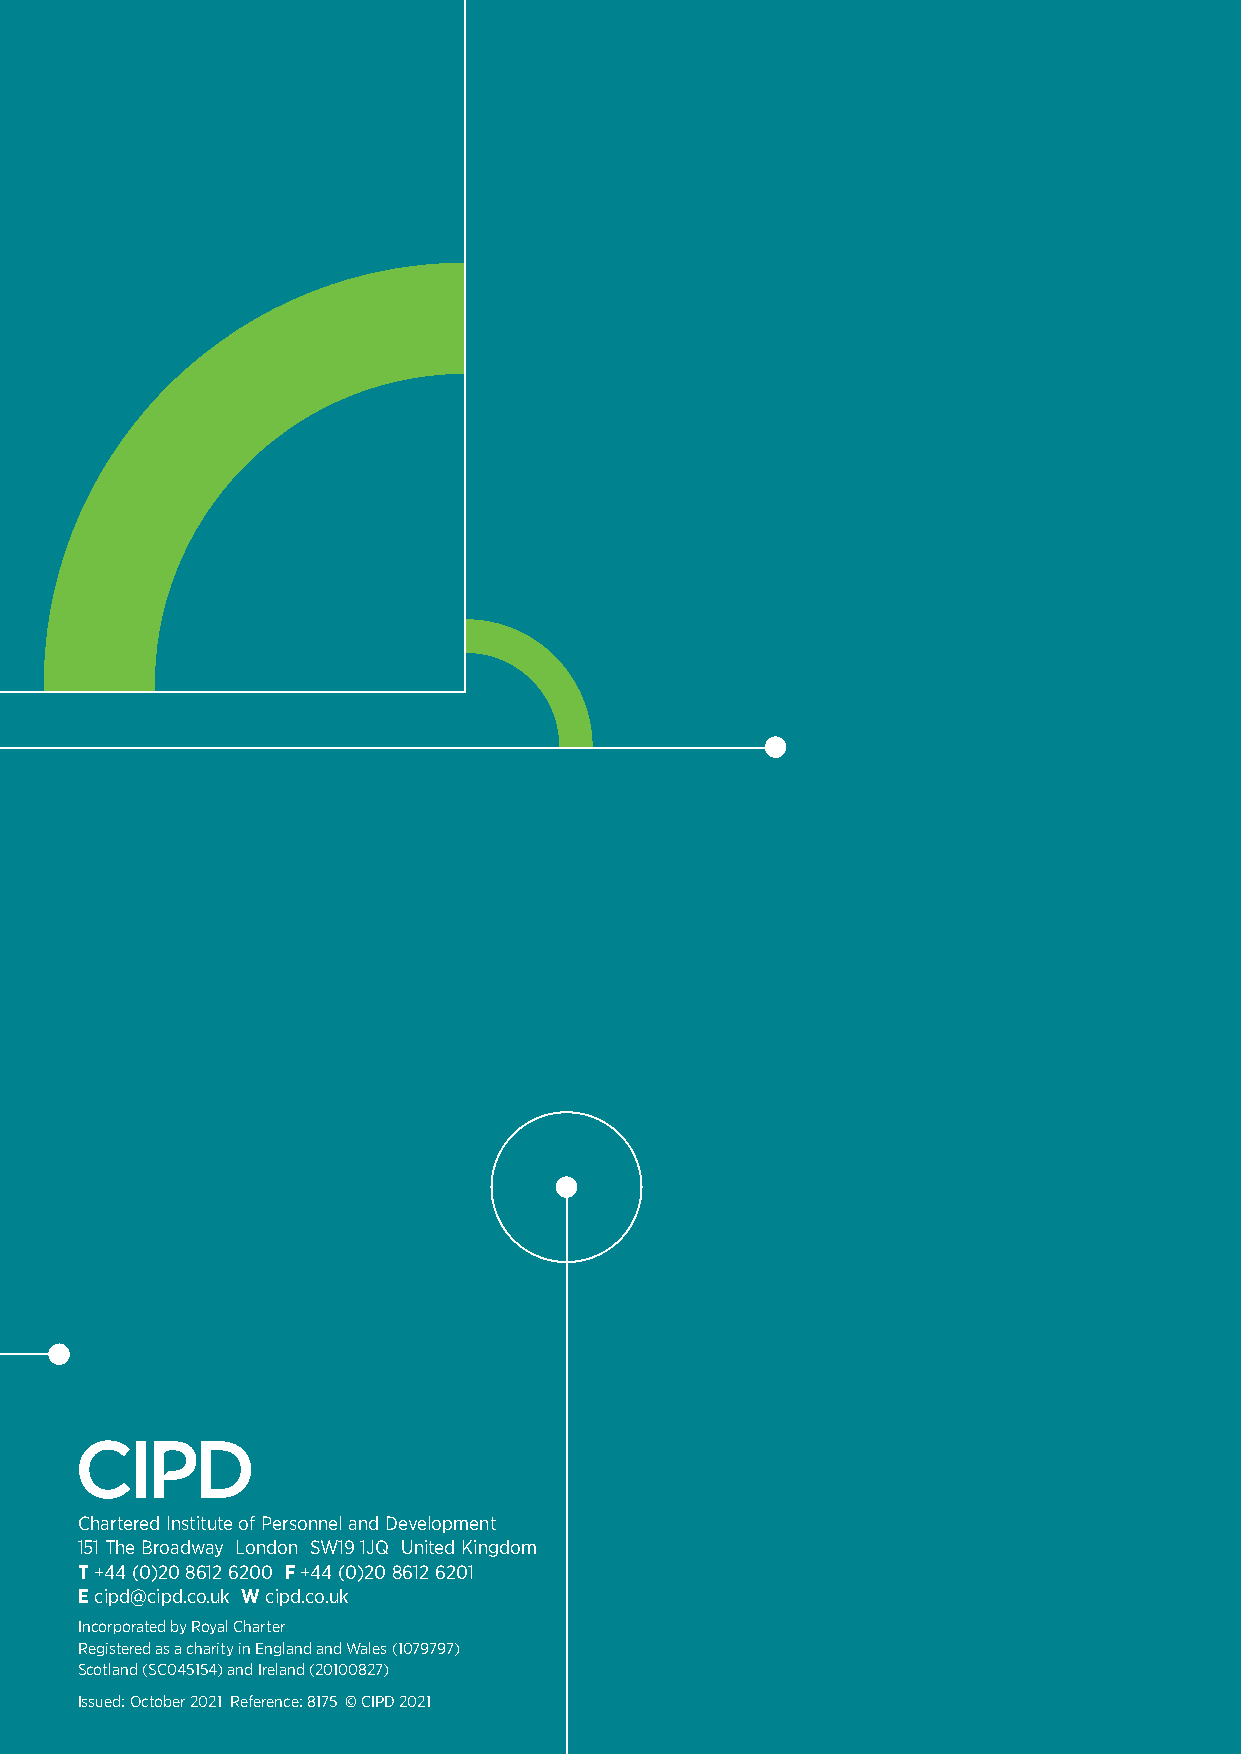
Chartered Institute of Personnel and Development
 151 The Broadway London SW19 1JQ United Kingdom
 T +44 (0)20 8612 6200 F +44 (0)20 8612 6201
 E cipd@cipd.co.uk W cipd.co.uk
 Incorporated by Royal Charter
 Registered as a charity in England and Wales (1079797)
 Scotland (SC045154) and Ireland (20100827)
 Issued: October 2021 Reference: 8175 © CIPD 2021